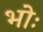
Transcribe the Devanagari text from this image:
भोः